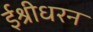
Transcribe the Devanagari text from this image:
ईश्रीधरन